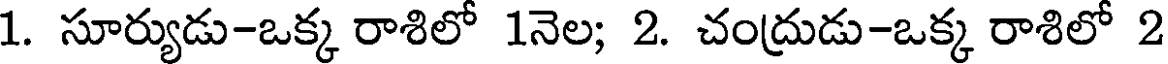
1. సూర్యుడు-ఒక్క రాశిలో 1నెల; 2. చంద్రుడు-ఒక్క రాశిలో 2